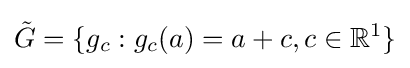
{\tilde {G}}=\{g_{c}:g_{c}(a)=a+c,c\in \mathbb {R} ^{1}\}